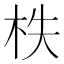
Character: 柣